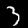
Label: 3